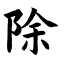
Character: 除